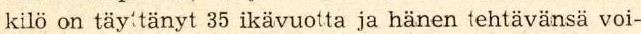
kilo on täyttänyt 35 ikävuotta ja hänen tehtävänsä voi-